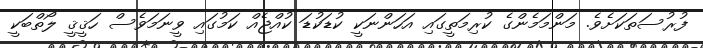
ފުރުސަތަކަށެވެ. މަންމަމެންގެ ކުރިމަތީގައި އަހަންނަކީ ކުޑަކުޑަ ކުއްޖެއް ކަމުގައި ވީނަމަވެސް ހަޤީޤީ ލޯތްބަކީ